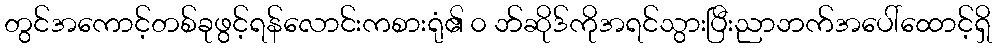
တွင်အကောင့်တစ်ခုဖွင့်ရန်လောင်းကစားရုံ၏ ၀ ဘ်ဆိုဒ်ကိုအရင်သွားပြီးညာဘက်အပေါ်ထောင့်ရှိ